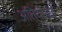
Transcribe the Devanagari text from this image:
अतिथीगाह